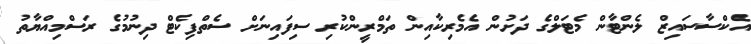
އެކްސާސައިޒް ލެންޓާން މެޓަލްގެ ދަށުން އެމެރިކާއިން ތަމްރީންކުރި ސިފައިނަށް ސެތްފިކެޓް ދިނުމުގެ ރަސްމިއްޔާތު